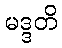
မဒ္ဒတိ